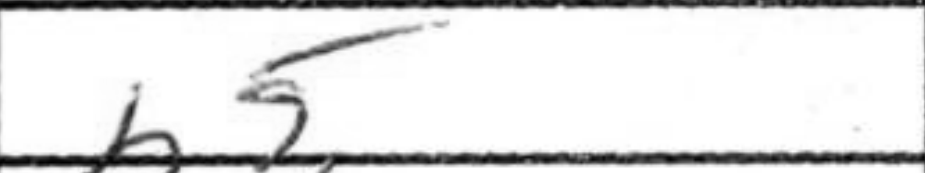
Transcription: b5